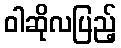
ဝါဆိုလပြည့်